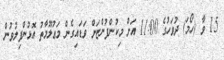
15 ވާ (ހޯމަ) ދުވަހުގެ 11:00 އަށް މިކުންފުންޏަށް ވަޑައިގެން މަޢުލޫމާތު އޮޅުންފިލުވުން